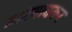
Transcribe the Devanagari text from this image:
माटगावकर